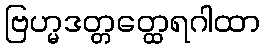
ဗြဟ္မဒတ္တတ္ထေရဂါထာ